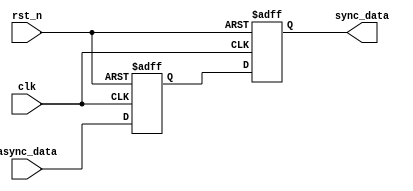
module master_slave_synchronizer (
    input wire clk,        // Clock signal
    input wire rst_n,     // Active low reset signal
    input wire async_data, // Asynchronous input signal
    output reg sync_data   // Synchronized output signal
);

    // Internal signal for master flip-flop output
    reg master_ff;

    // Master flip-flop: latches async_data when clock is low
    always @(negedge clk or negedge rst_n) begin
        if (!rst_n) begin
            master_ff <= 1'b0; // Reset master flip-flop
        end else begin
            master_ff <= async_data; // Capture async_data when clock is low
        end
    end

    // Slave flip-flop: latches master_ff when clock is high
    always @(posedge clk or negedge rst_n) begin
        if (!rst_n) begin
            sync_data <= 1'b0; // Reset synchronized output
        end else begin
            sync_data <= master_ff; // Capture master output when clock is high
        end
    end

endmodule